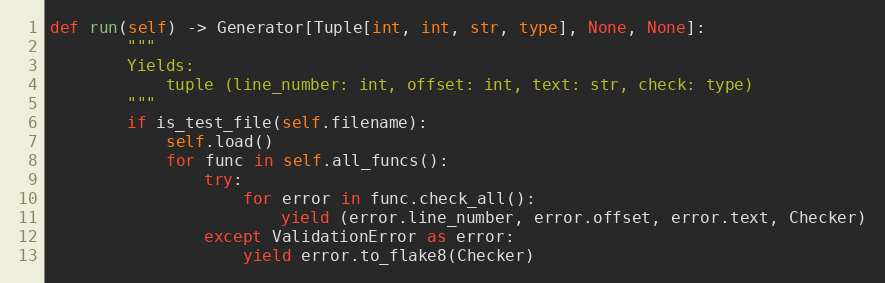
Language: Python
def run(self) -> Generator[Tuple[int, int, str, type], None, None]:
        """
        Yields:
            tuple (line_number: int, offset: int, text: str, check: type)
        """
        if is_test_file(self.filename):
            self.load()
            for func in self.all_funcs():
                try:
                    for error in func.check_all():
                        yield (error.line_number, error.offset, error.text, Checker)
                except ValidationError as error:
                    yield error.to_flake8(Checker)